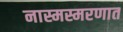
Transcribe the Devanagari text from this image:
नास्मस्मरणात